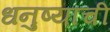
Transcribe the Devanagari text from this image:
धनुष्याची